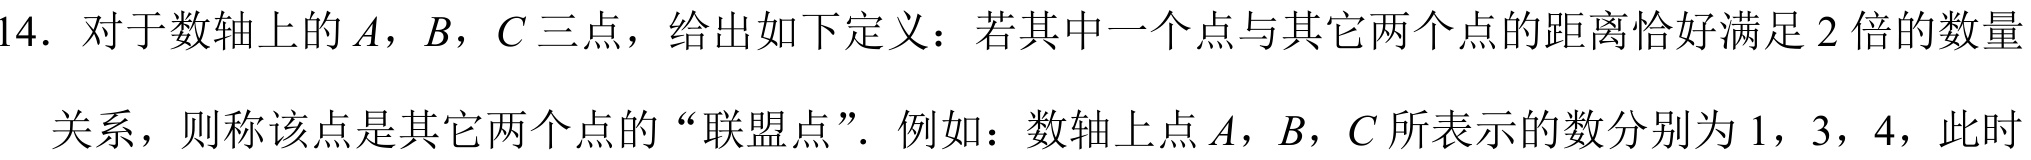
14. 对于数轴上的 \(A\)，\(B\)，\(C\) 三点，给出如下定义：若其中一个点与其它两个点的距离恰好满足 \(2\) 倍的数量
关系，则称该点是其它两个点的“联盟点”．例如：数轴上点 \(A\)，\(B\)，\(C\) 所表示的数分别为 \(1\)，\(3\)，\(4\)，此时